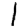
Digit: 1